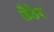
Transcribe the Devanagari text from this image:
लैठेर